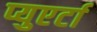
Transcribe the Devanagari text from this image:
प्युएर्टा